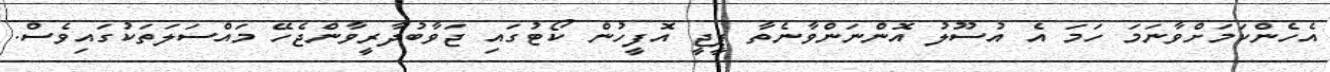
އެހެންކަމަށްވާނަމަ ހަމަ އެ އުސޫލު އޮންނަންވާނެތާ ޕީޖީ އޮފީހުން ކޯޓުގައި ޖަވާބުދާރީވާންޖެހޭ މައްސަލަތަކުގައިވެސް.